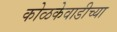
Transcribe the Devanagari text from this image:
कोळकेवाडीच्या